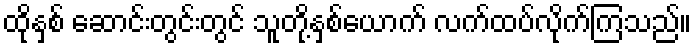
ထိုနှစ် ဆောင်းတွင်းတွင် သူတို့နှစ်ယောက် လက်ထပ်လိုက်ကြသည်။